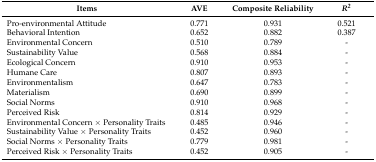
<table><thead><tr><td><b>Items</b></td><td><b>AVE</b></td><td><b>Composite Reliability</b></td><td><b><i>R<sup>2</sup></i></b></td></tr></thead><tbody><tr><td>Pro-environmental Attitude</td><td>0.771</td><td>0.931</td><td>0.521</td></tr><tr><td>Behavioral Intention</td><td>0.652</td><td>0.882</td><td>0.387</td></tr><tr><td>Environmental Concern</td><td>0.510</td><td>0.789</td><td>-</td></tr><tr><td>Sustainability Value</td><td>0.568</td><td>0.884</td><td>-</td></tr><tr><td>Ecological Concern</td><td>0.910</td><td>0.953</td><td>-</td></tr><tr><td>Humane Care</td><td>0.807</td><td>0.893</td><td>-</td></tr><tr><td>Environmentalism</td><td>0.647</td><td>0.783</td><td>-</td></tr><tr><td>Materialism</td><td>0.690</td><td>0.899</td><td>-</td></tr><tr><td>Social Norms</td><td>0.910</td><td>0.968</td><td>-</td></tr><tr><td>Perceived Risk</td><td>0.814</td><td>0.929</td><td>-</td></tr><tr><td>Environmental Concern × Personality Traits</td><td>0.485</td><td>0.946</td><td>-</td></tr><tr><td>Sustainability Value × Personality Traits</td><td>0.452</td><td>0.960</td><td>-</td></tr><tr><td>Social Norms × Personality Traits</td><td>0.779</td><td>0.981</td><td>-</td></tr><tr><td>Perceived Risk × Personality Traits</td><td>0.452</td><td>0.905</td><td>-</td></tr></tbody></table>